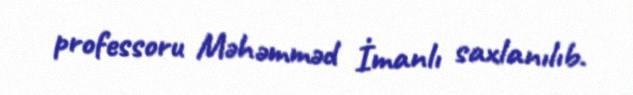
professoru Məhəmməd İmanlı saxlanılıb.